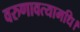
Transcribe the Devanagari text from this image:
वरुणावत्यामधि।